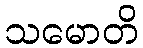
သမောတိ